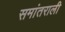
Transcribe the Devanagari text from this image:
समांतराली